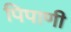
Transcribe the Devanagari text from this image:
पिपाणी